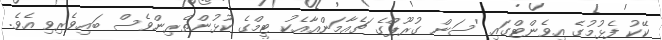
ކޭކު ފެޅުމުގެ އިވެންޓްގައި 'ސަން ގުރޫޕްގެ ޗެއާމަންއާއެކު ޓީމްގެ ކުޅުންތެރިންވެސް ބައިވެރިވި އެވެ.